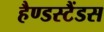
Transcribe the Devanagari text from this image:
हैण्डस्टैंडस